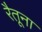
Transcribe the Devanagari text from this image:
रैतूना